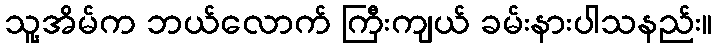
သူ့အိမ်က ဘယ်လောက် ကြီးကျယ် ခမ်းနားပါသနည်း။